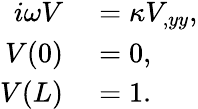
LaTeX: \begin{array}{rl}{i\omega V}&{{}=\kappa V_{,yy},}\\ {V(0)}&{{}=0,}\\ {V(L)}&{{}=1.}\end{array}